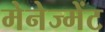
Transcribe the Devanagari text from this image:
मेनेज्मेंट